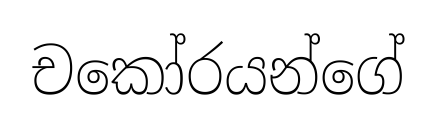
චකෝරයන්ගේ